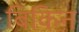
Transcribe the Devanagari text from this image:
बिकिन